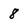
Character: 8